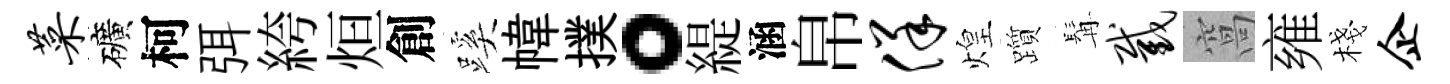
菜礦柯弭絝烜創蹊幃撲。緹涵帛佯煌躓髯截窩雍棧企